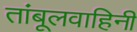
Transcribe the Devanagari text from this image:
तांबूलवाहिनी